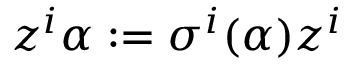
z ^ { i } \alpha : = \sigma ^ { i } ( \alpha ) z ^ { i }